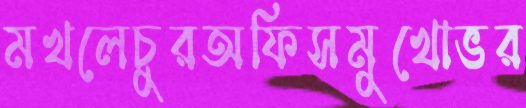
মখলেচুরঅফিসমুখোভর